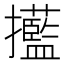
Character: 𢹹